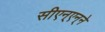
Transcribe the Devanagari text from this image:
सीएन्‌एन्‌ने